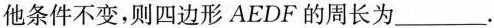
他条件不变，则四边形AEDF的周长为____。